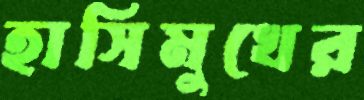
হাসিমুখের